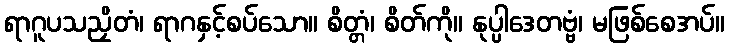
ရာဂူပသညှိတံ၊ ရာဂနှင့်စပ်သော။ စိတ္တံ၊ စိတ်ကို။ နုပ္ပါဒေတဗ္ဗံ၊ မဖြစ်စေအပ်။